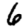
Digit: 6